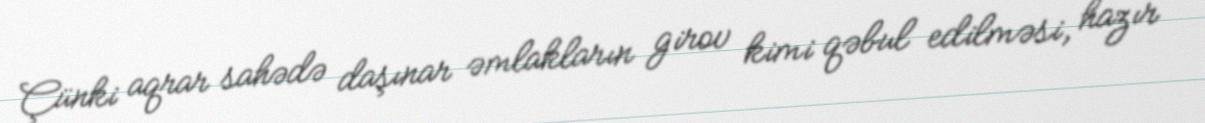
Çünki aqrar sahədə daşınar əmlakların girov kimi qəbul edilməsi, hazır